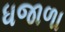
ધજાળા